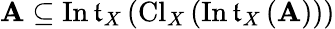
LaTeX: \mathbf{A}\subseteq\operatorname{In\mathfrak{t}}_{X}\left(\operatorname{Cl}_{X}\left(\operatorname{In\mathfrak{t}}_{X}\left(\mathbf{A}\right)\right)\right)